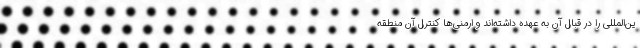
ین‌المللی را در قبال آن به عهده داشته‌اند و ارمنی‌ها کنترل آن منطقه